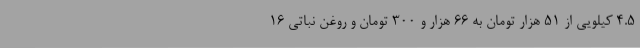
۴.۵ کیلویی از ۵۱ هزار تومان به ۶۶ هزار و ۳۰۰ تومان و روغن نباتی ۱۶